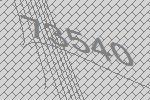
73540